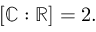
[ \mathbb { C } : \mathbb { R } ] = 2 .